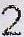
2